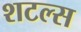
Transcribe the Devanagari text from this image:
शटल्स